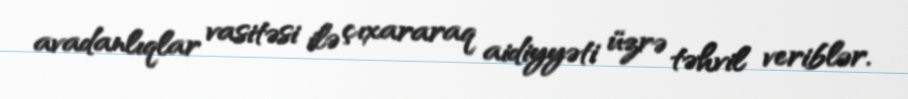
avadanlıqlar vasitəsi ilə çıxararaq aidiyyəti üzrə təhvil veriblər.